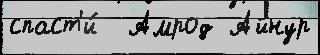
спаст'и́  Амрод Айнур